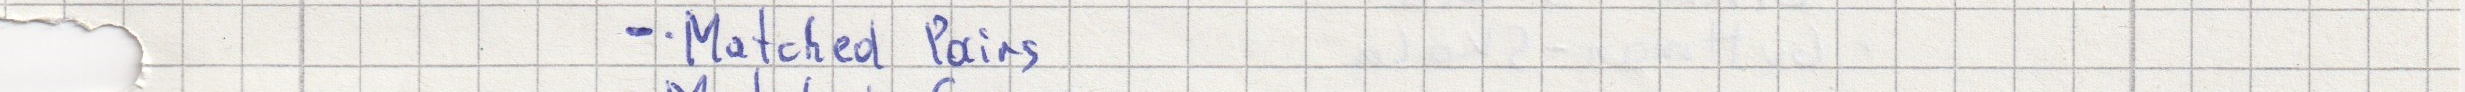
- Matched Pairs